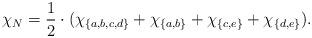
LaTeX: \begin{align*}\chi_N = \frac 12\cdot (\chi_{\{a,b,c,d\}} +\chi_{\{a,b\}} + \chi_{\{c,e\}} + \chi_{\{d,e\}}).\end{align*}